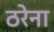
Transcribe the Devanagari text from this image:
ठरेना